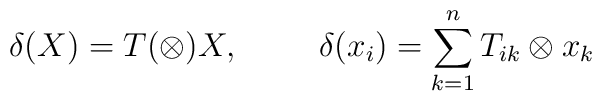
\delta (X)=T(\otimes )X, \hspace{10mm} \delta (x_i)=\sum_{k=1}^{n} T_{ik} \otimes x_k